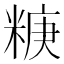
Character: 𥺧